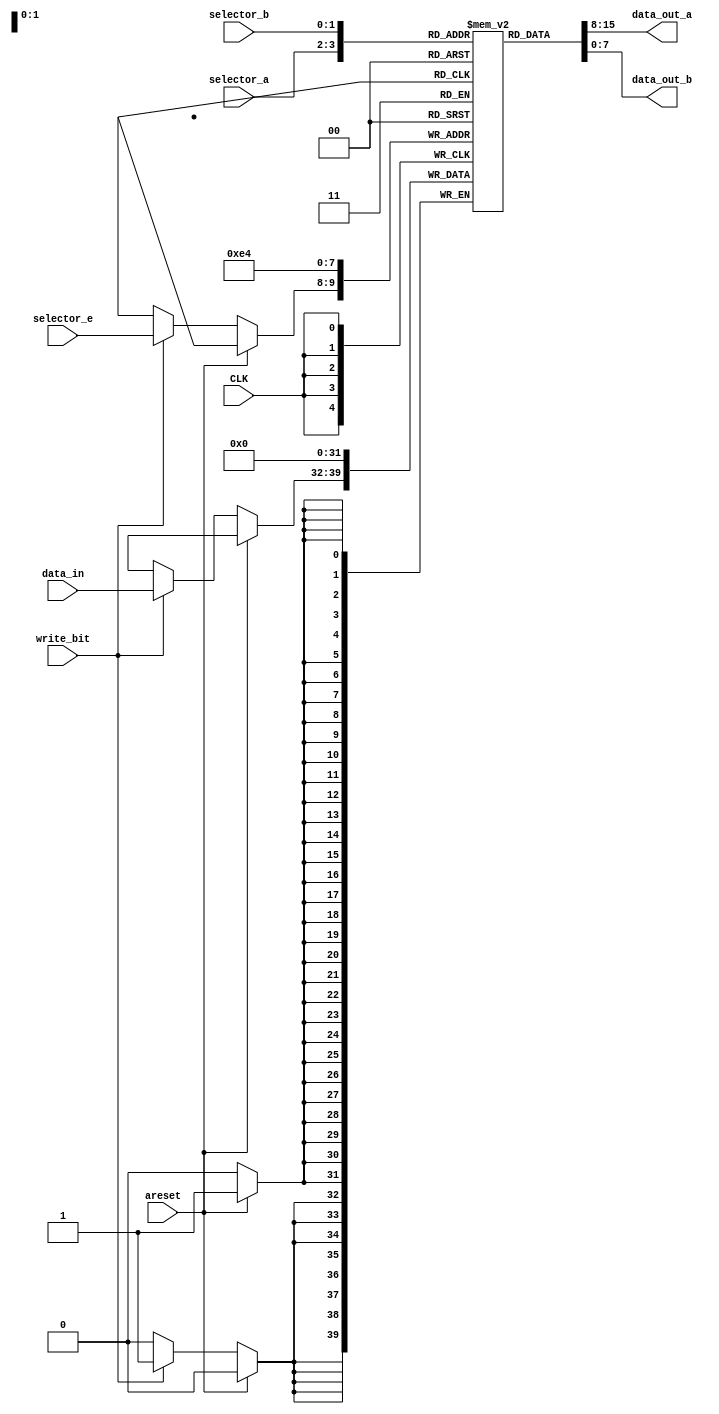
`timescale 1ns/1ps

module registers
(
    input CLK,
    input areset,
    input [1:0] selector_a,
    input [1:0] selector_b,

    input write_bit,
    input [1:0] selector_e,
    input [7:0] data_in,

    output [7:0] data_out_a,
    output [7:0] data_out_b
);
    reg [7:0] regs[3:0];

    assign data_out_a = regs[selector_a];
    assign data_out_b = regs[selector_b];

    always @ (posedge CLK)
    begin
        if (areset)
        begin
            regs[0] = 0;
            regs[1] = 0;
            regs[2] = 0;
            regs[3] = 0;
        end
        else if (write_bit)
        begin
            regs[selector_e] = data_in;
        end
    end
endmodule